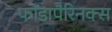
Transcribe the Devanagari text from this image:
फोंडापैरिनक्स